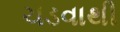
ચડવાથી